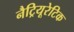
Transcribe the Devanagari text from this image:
नैट्रियूरेटिक